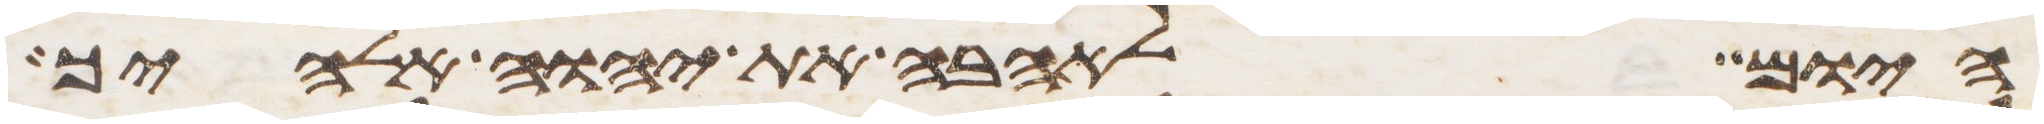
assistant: היום לאהבה את יהוה אלהיך